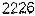
2226